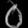
Digit: ၀